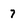
Character: 7